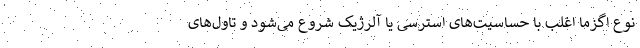
نوع اگزما اغلب با حساسیت‌های استرسی یا آلرژیک شروع می‌شود و تاول‌های